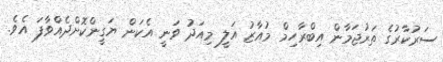
ސަރުކާރުގެ ތަރުޖަމާން އިބްރާހިމް މުއާޒު އަލީ މިއަދު ވަނީ އެކަން ޔަގީންކޮށްދެއްވާފަ އެވެ.